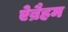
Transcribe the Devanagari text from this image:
ऐब्रैहम